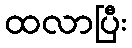
ထလာပြီး